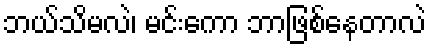
ဘယ်သိမလဲ၊ မင်းကော ဘာဖြစ်နေတာလဲ